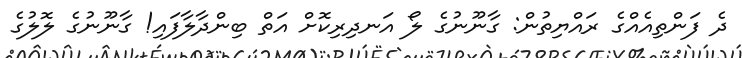
ދެ ފަންތިއެއްގެ ރައްޔިތުން: ގާނޫނުގެ ލޯ އަނދިރިކޮށް އަތް ބިންދާލާފައި! ގާނޫނުގެ ލޮލުގެ